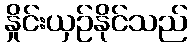
နှိုင်းယှဉ်နိုင်သည်